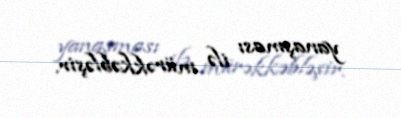
yanaşması ilə mürəkkəbləşir.